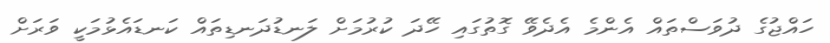
ހައްޖުގެ ދުވަސްތައް އެންމެ އެދެވޭ ގޮތުގައި ހޭދަ ކުރުމަށް ލަނޑުދަނޑިތައް ކަނޑައެޅުމަކީ ވަރަށް